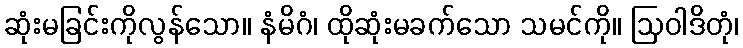
ဆုံးမခြင်းကိုလွန်သော။ နံမိဂံ၊ ထိုဆုံးမခက်သော သမင်ကို။ ဩဝါဒိတုံ၊